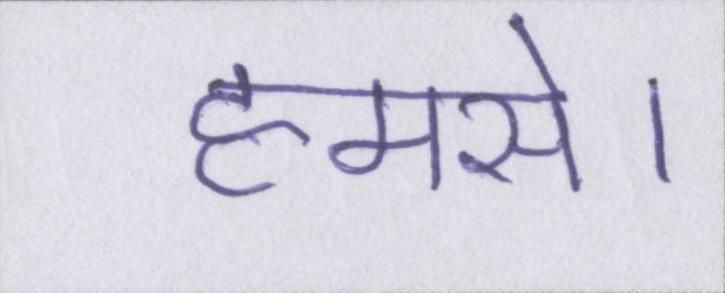
हमसे।